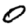
Digit: 0